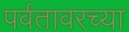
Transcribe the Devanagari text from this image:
पर्वतावरच्या